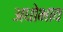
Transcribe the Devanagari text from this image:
अधोभाव